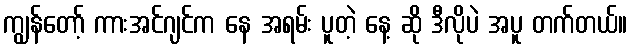
ကျွန်တော့် ကားအင်ဂျင်က နေ အရမ်း ပူတဲ့ နေ့ ဆို ဒီလိုပဲ အပူ တက်တယ်။